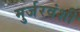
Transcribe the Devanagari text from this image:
मुर्जरवंशी